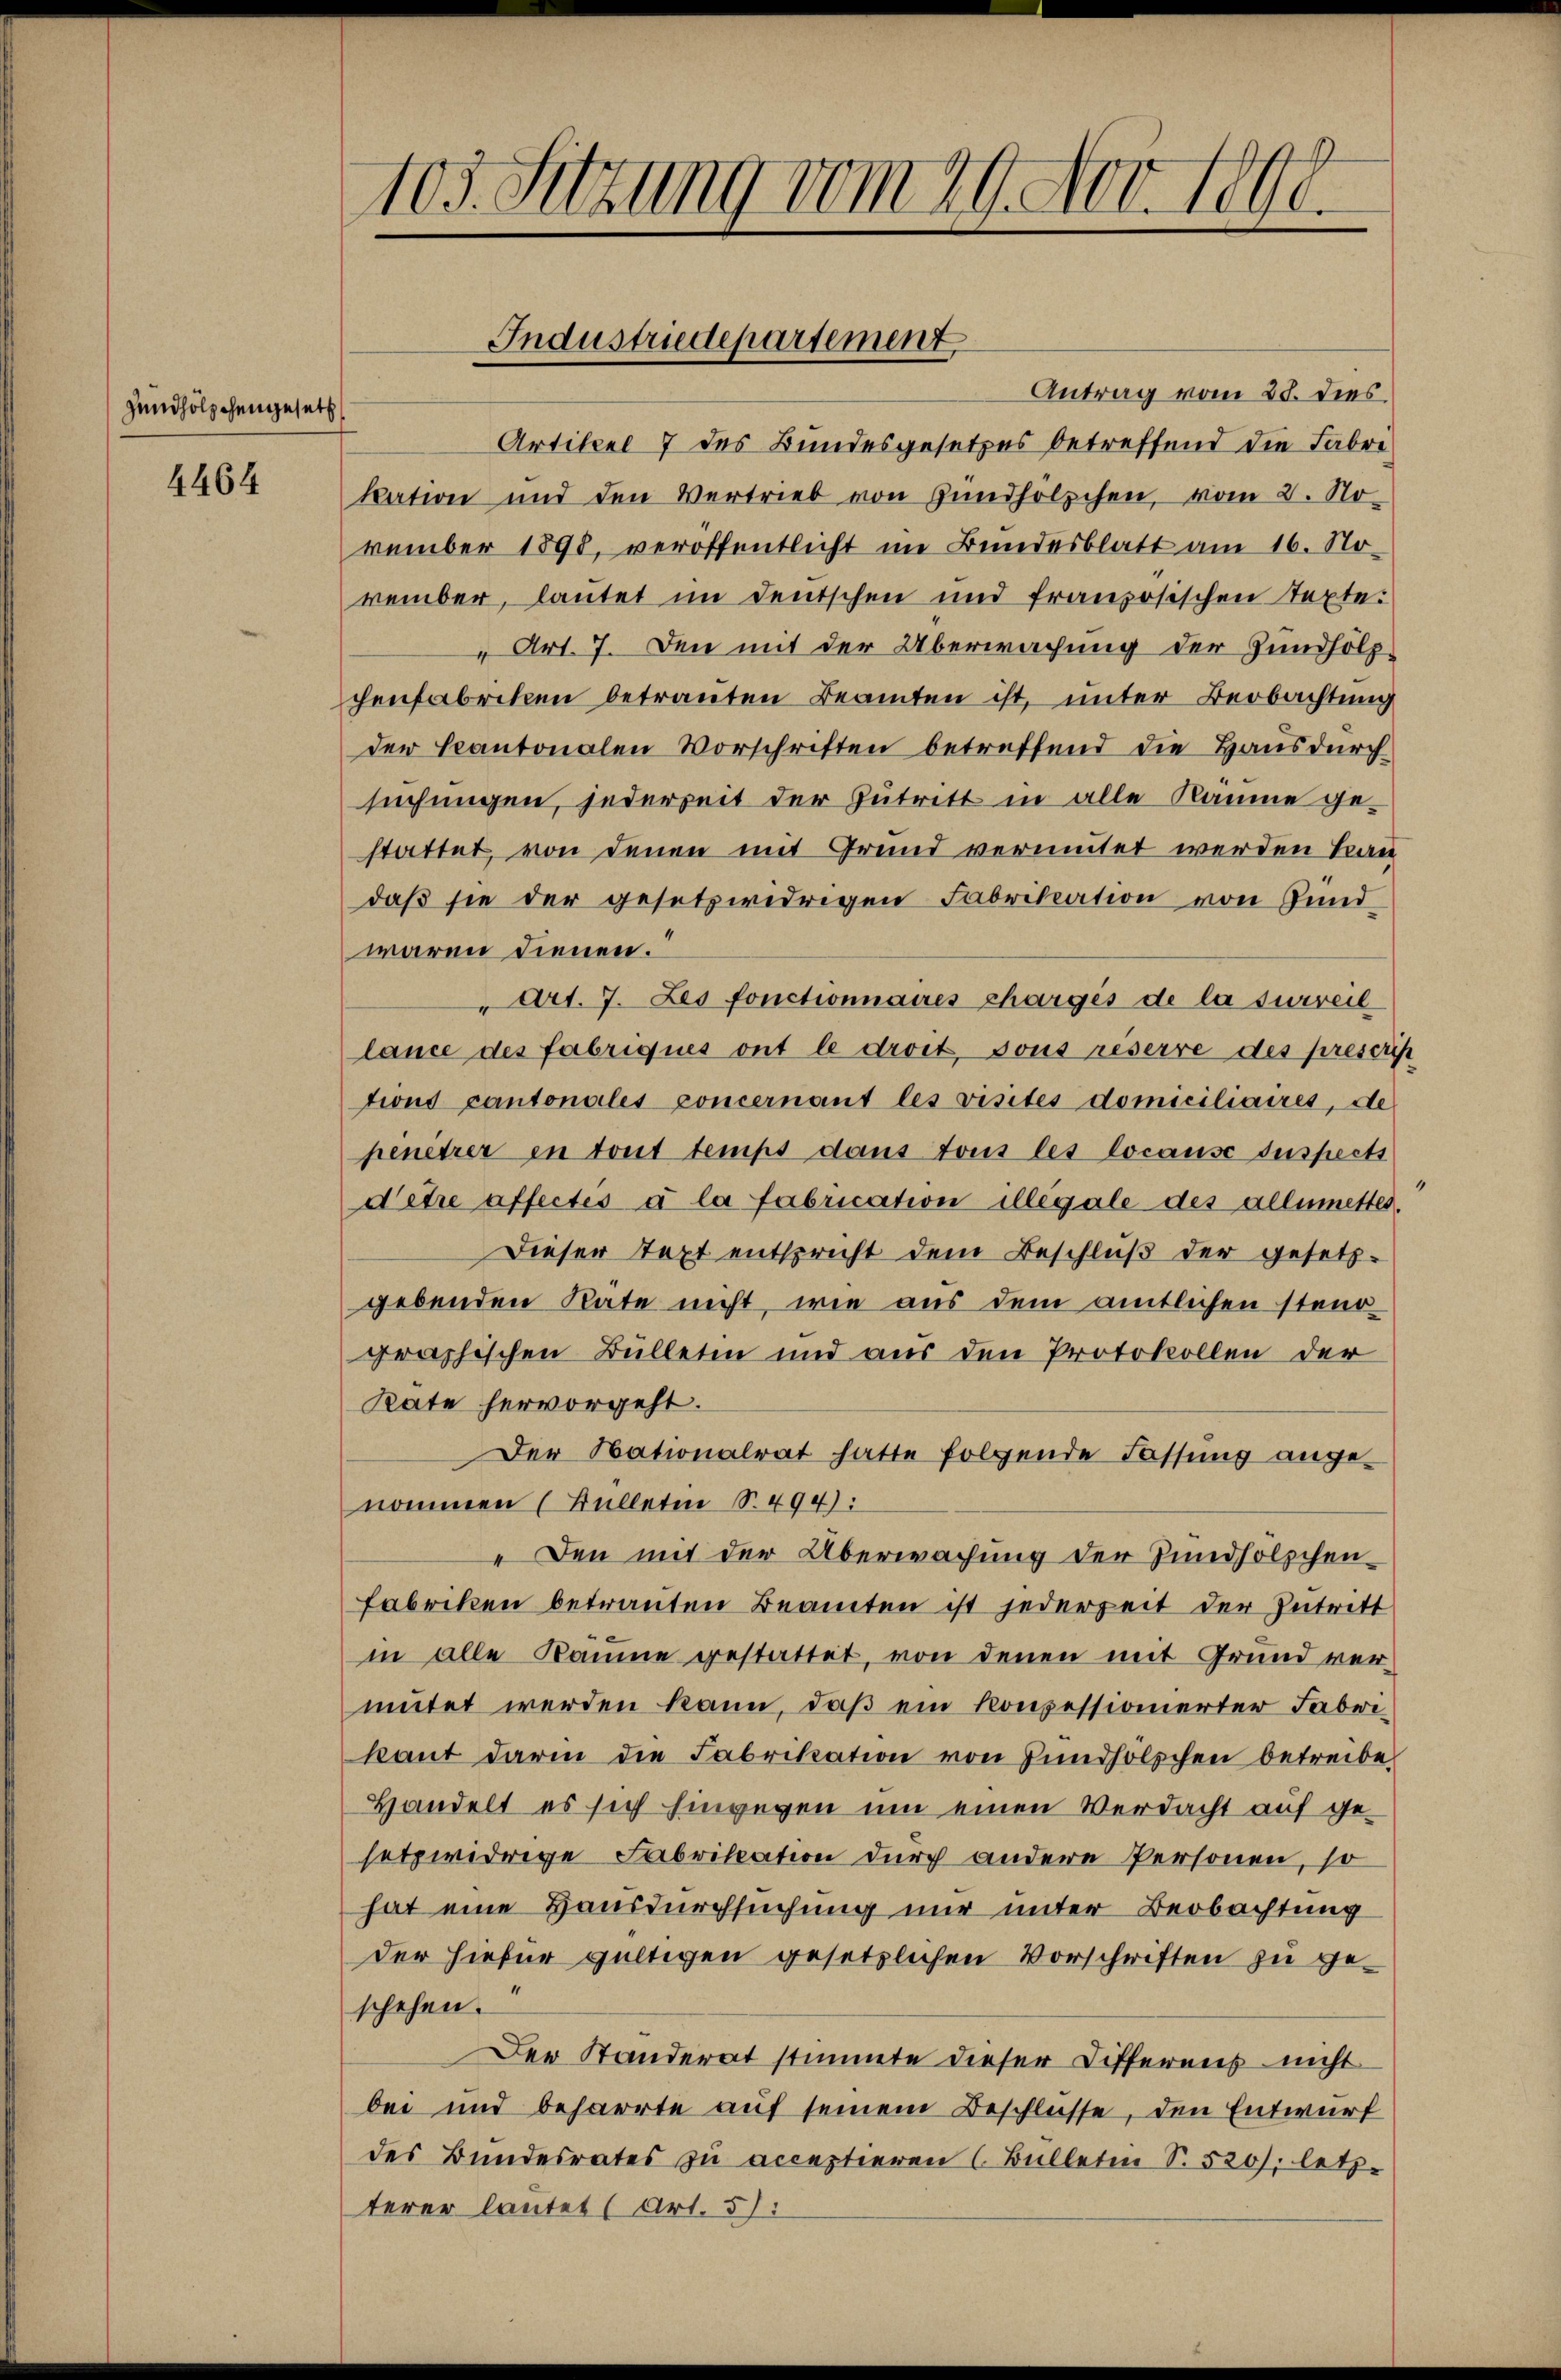
Zündhölzchengesetz

4464

103. Setzung vom 29. Nov. 1890.

Antrag vom 28. dies
Artikel 7 des Bundesgesetzes betreffend die Fabri
kation und den Vertrieb von Zündhölzchen, vom 2. No-
vember 1898, veröffentlicht im Bundesblatt am 16. No-
vember, lautet im Deutschen und französischen Septe.
“ Art. 7. Den mit der Überwachung der Zundholz
chenfabriken betrauten Beamten ist, unter Beobachtung
der Kantonalen Vorschriften betreffend die Hausdurc
suchungen, jederseit der Zutritt in alle Räume gestattet, von denen mit Grund vermutet werden kan
daß sie der gesetzwidrigen Fabrikation von Gund
waren dienen.
" Art. 7. Les fonctionnaires charges de la surveil
lance des Fabriqués ont le droit sous reserre des prescrip
tions Cantonales concernant les visites domiciliaires, de
penetrer in tout temps dans tous les locause suspects
Detre affectés à la fabrication illégale des allemettes.
Dieser Text entspricht dem Beschluß der gesetz-
gebenden Räte nicht, wie aus dem amtlichen steno-
graphischen Bülleten und aus den Protokollen der
Rate hervorgeht.
Der Nationalrat hatte folgende Fassung angenommen (Bülleten S. 494):
" Den mit der Überwachung der Hundhölzchen
Fabriken betrauten Beamten ist jederzeit der Intritt
in alle Kämme gestattet, von denen mit Grund ver-
mutet werden kann, daß ein konzessionierter Fabrikant darin die Fabrikation von Zündhölzchen betreibe
Handelt es sich hingegen um einen Verdacht auf gesetzwidrige Fabrikation durch andere Personen, so
hat eine Hausdurchsuchung nur unter Beobachtung
der hiefür gültigen gesetzlichen Vorschriften zu geschehen.
Der Standerat stimmte dieser Differens nicht
bei und beharrte auf seinem Beschlüsse, den Entwurf
des Bundesrates zu acceptieren (Bülletin S. 520), letz-
terer lautet (Art. 5:

Industriedepartement